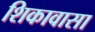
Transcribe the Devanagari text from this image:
शिकावासा